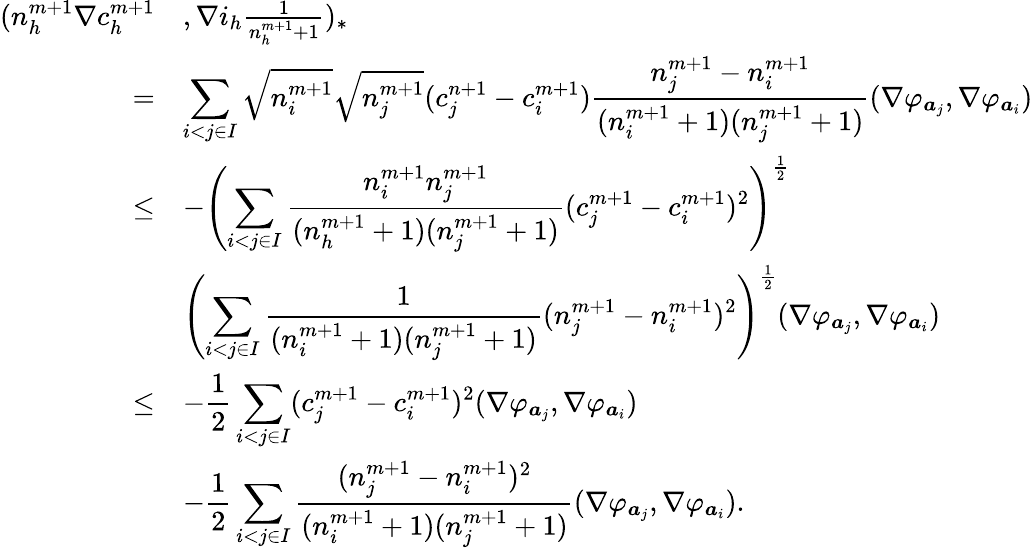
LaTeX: \begin{array}{rl}{\displaystyle(n_{h}^{m+1}\nabla c_{h}^{m+1}}&{,\nabla i_{h}\frac{1}{n_{h}^{m+1}+1})_{*}}\\ {=}&{\displaystyle\sum_{i<j\in I}\sqrt{n_{i}^{m+1}}\sqrt{n_{j}^{m+1}}(c_{j}^{n+1}-c_{i}^{m+1})\frac{n_{j}^{m+1}-n_{i}^{m+1}}{(n_{i}^{m+1}+1)(n_{j}^{m+1}+1)}(\nabla\varphi_{{\boldsymbol a}_{j}},\nabla\varphi_{{\boldsymbol a}_{i}})}\\ {\le}&{\displaystyle-\left(\sum_{i<j\in I}\frac{n_{i}^{m+1}n_{j}^{m+1}}{(n_{h}^{m+1}+1)(n_{j}^{m+1}+1)}(c_{j}^{m+1}-c_{i}^{m+1})^{2}\right)^{\frac{1}{2}}}\\ &{\displaystyle\left(\sum_{i<j\in I}\frac{1}{(n_{i}^{m+1}+1)(n_{j}^{m+1}+1)}(n_{j}^{m+1}-n_{i}^{m+1})^{2}\right)^{\frac{1}{2}}(\nabla\varphi_{{\boldsymbol a}_{j}},\nabla\varphi_{{\boldsymbol a}_{i}})}\\ {\le}&{\displaystyle-\frac{1}{2}\sum_{i<j\in I}(c_{j}^{m+1}-c_{i}^{m+1})^{2}(\nabla\varphi_{{\boldsymbol a}_{j}},\nabla\varphi_{{\boldsymbol a}_{i}})}\\ &{-\displaystyle\frac{1}{2}\sum_{i<j\in I}\frac{(n_{j}^{m+1}-n_{i}^{m+1})^{2}}{(n_{i}^{m+1}+1)(n_{j}^{m+1}+1)}(\nabla\varphi_{{\boldsymbol a}_{j}},\nabla\varphi_{{\boldsymbol a}_{i}}).}\end{array}